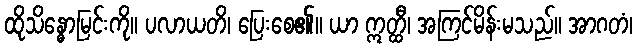
ထိုသိန္ဓောမြင်းကို။ ပလာယတိ၊ ပြေးစေ၏။ ယာ ဣတ္ထီ၊ အကြင်မိန်းမသည်။ အာဂတံ၊